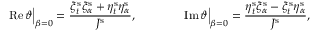
\operatorname { R e } \vartheta \Big \vert _ { \beta = 0 } = \frac { \xi _ { t } ^ { \mathrm { s } } \xi _ { \alpha } ^ { \mathrm { s } } + \eta _ { t } ^ { \mathrm { s } } \eta _ { \alpha } ^ { \mathrm { s } } } { J ^ { \mathrm { s } } } , \qquad \qquad \operatorname { I m } \vartheta \Big \vert _ { \beta = 0 } = \frac { \eta _ { t } ^ { \mathrm { s } } \xi _ { \alpha } ^ { \mathrm { s } } - \xi _ { t } ^ { \mathrm { s } } \eta _ { \alpha } ^ { \mathrm { s } } } { J ^ { \mathrm { s } } } ,